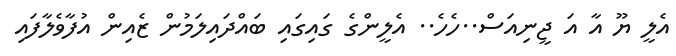
އެލީ ޔޫ އާ އަ ޖީނިއަސް..ހެހެ.. އެލީންގެ ގައިގައި ބައްދައިލަމުން ޒެއިން އުފާވެލާފައި